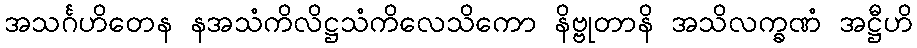
အသင်္ဂဟိတေန နအသံကိလိဋ္ဌသံကိလေသိကော နိဗ္ဗုတာနိ အသိလက္ခဏံ အဋ္ဌီဟိ